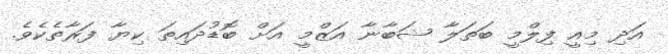
އަދި މިއީ ފިލްމީ ބަތަލާ ޝަބާނާ އަޒްމީ އަށް ބޮޑުދައިތަ ކިޔާ ފަރާތެކެވެ.